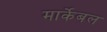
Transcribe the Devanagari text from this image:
मार्केबल